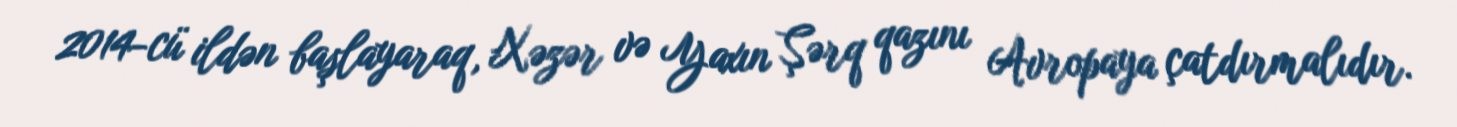
2014-cü ildən başlayaraq, Xəzər və Yaxın Şərq qazını Avropaya çatdırmalıdır.